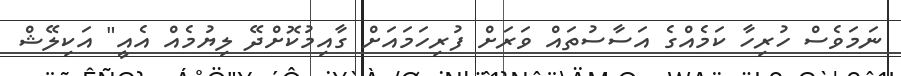
ނަމަވެސް ހުރިހާ ކަމެއްގެ އަސާސުތައް ވަރަށް ފުރިހަމައަށް ގާއިމުކޮށްދޭ ލިޔުމެއް އެއީ" އަކިލޭޝް